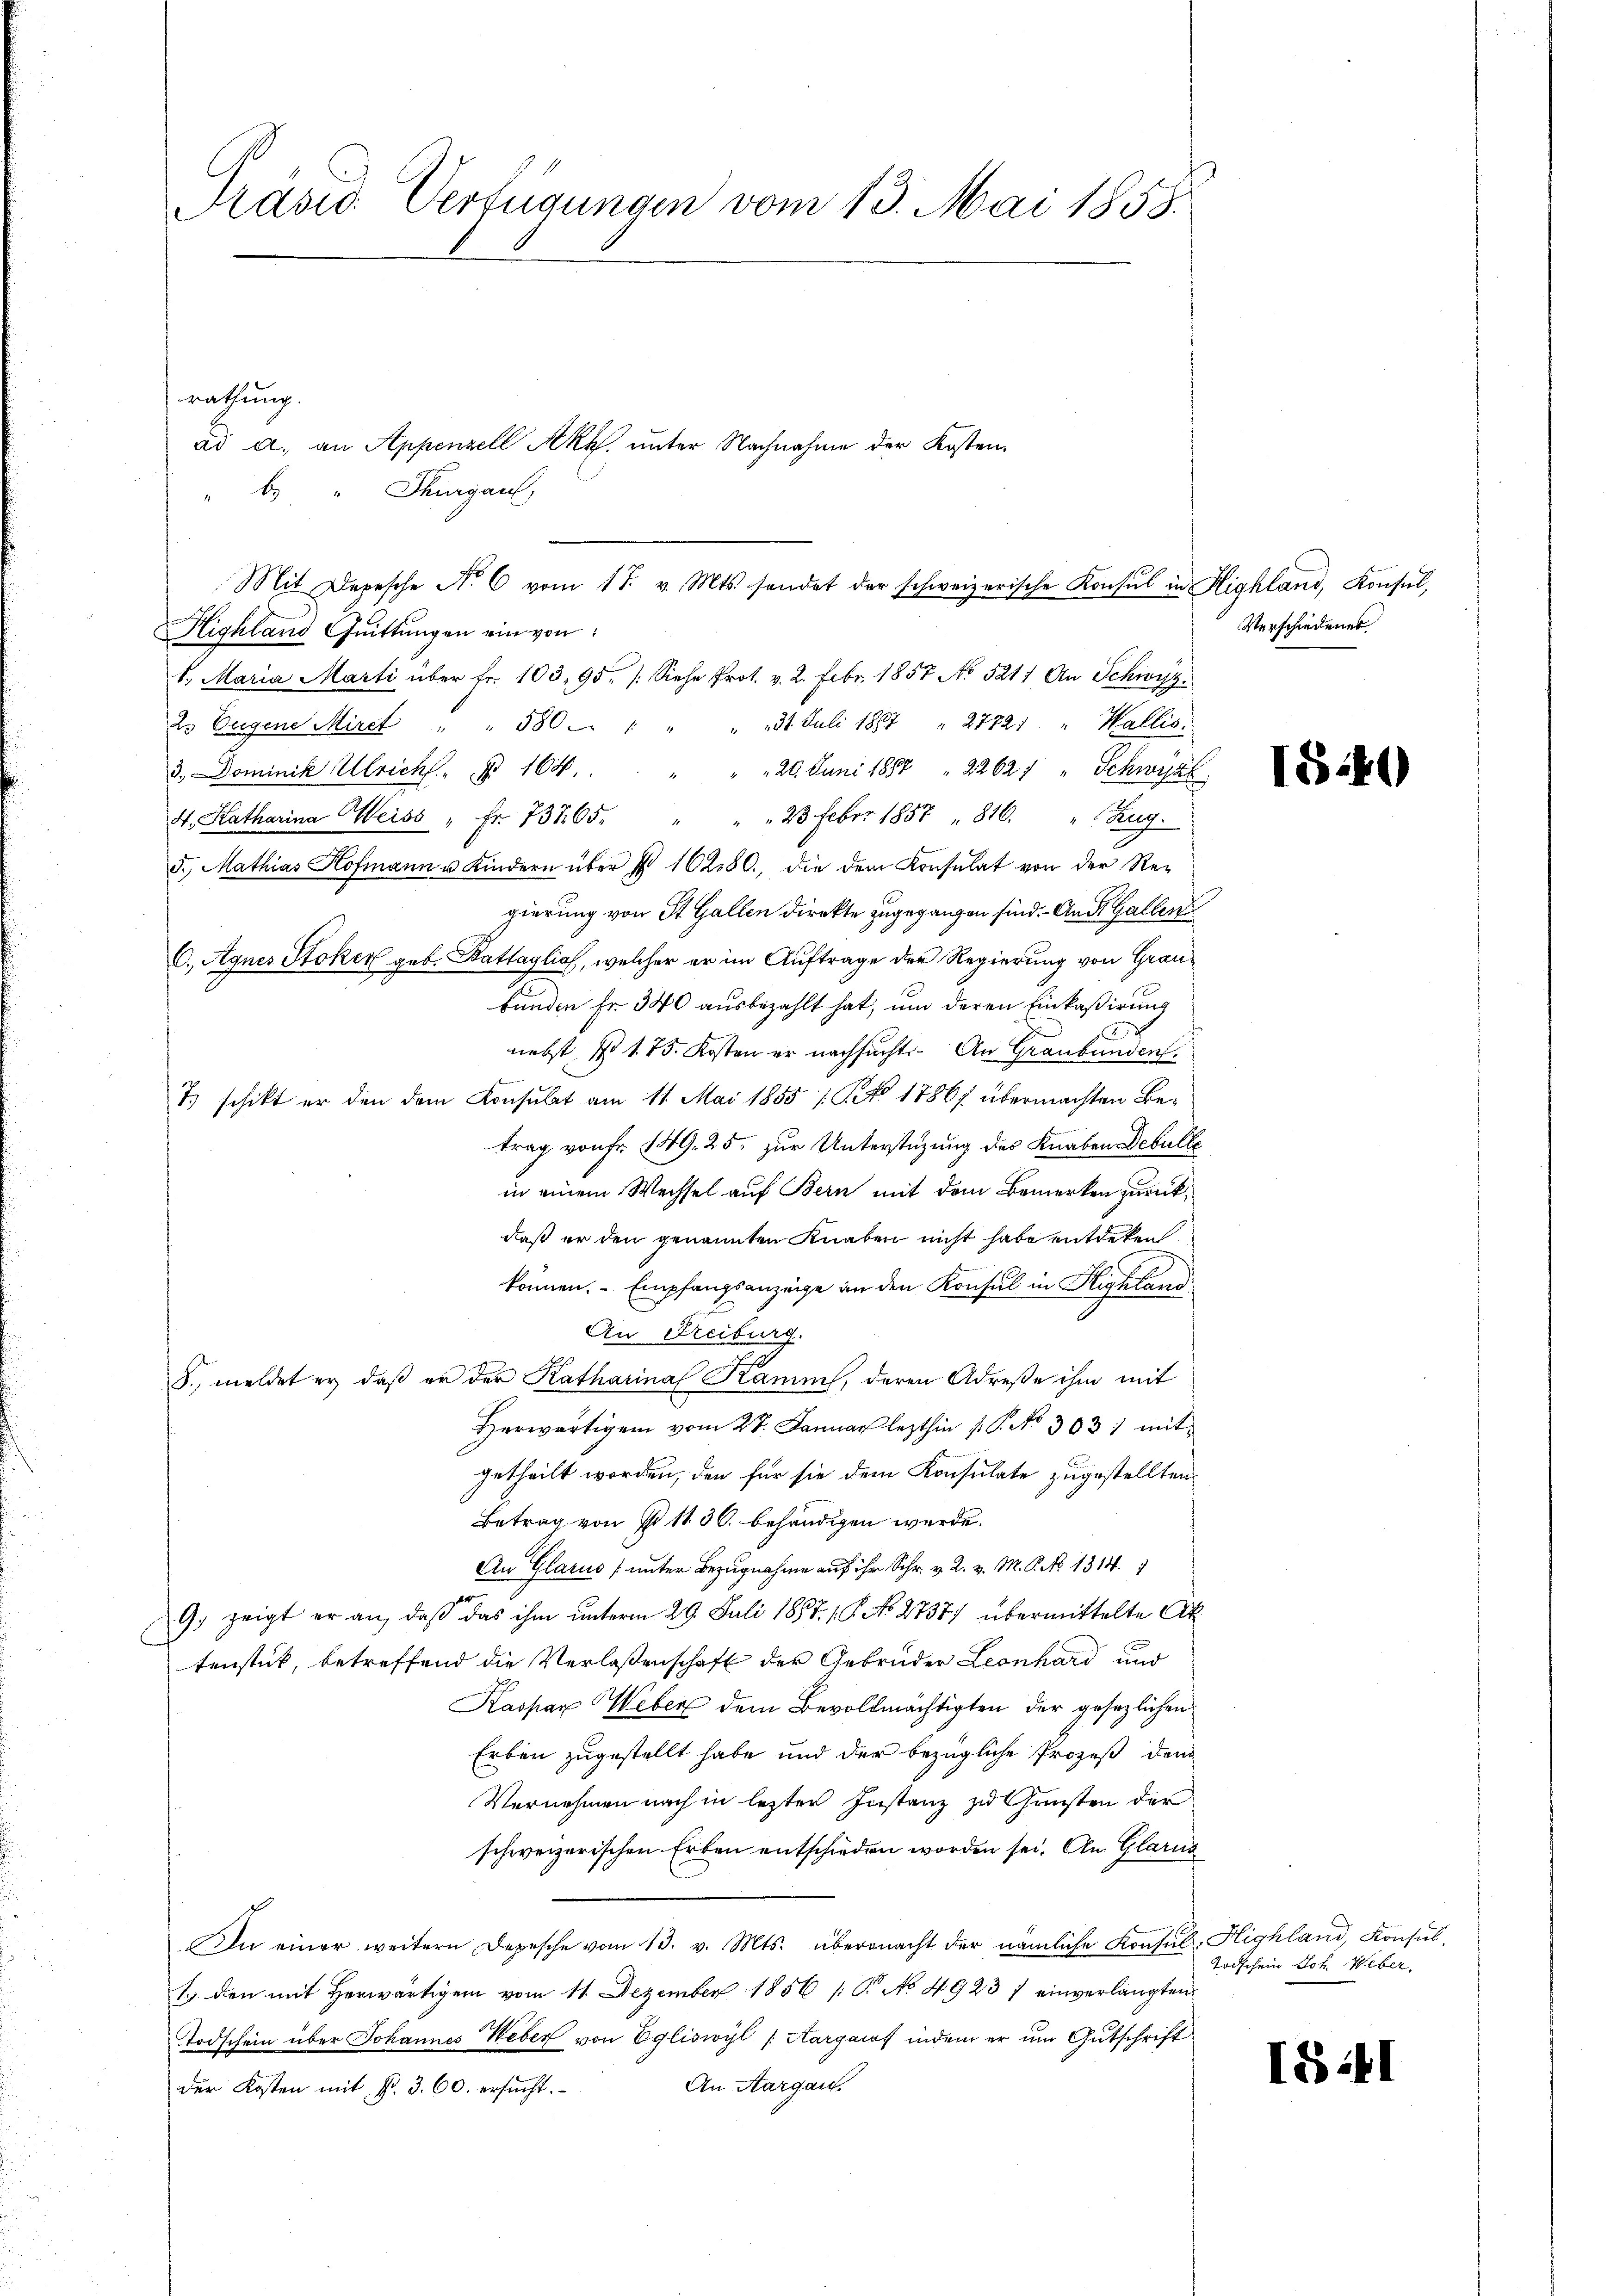
Präsid. Verfügungen vom 13. Mai 1858.

ad a. an Appenzell Akt. unter Nachnahme der Kosten¬
"  "  Thurgau,

rathung.

Highland Quittungen ein von
1. Maria Marti über Fr. 103. 95. /: Siehe Prot. v. 2. Febr. 1857 No 5211 An Schwyz,
2. Eugene Mirct " " 580 " " " 31. Juli 1887 " 27721 " Wallis.
3., Dominik Ulrich, § 164. " " " 20. Juni 1888 " 22627 " Schwyz,
H. Katharina Weiss " fr. 737. 65. " " " 23 Feber 1857 " 810 " Zug.
5. Mathias Hofmann u. Kindern über § 10280, die dem Konsulat von der Re-
gierung von St. Gallen direkte zugegangen sind. - And. Gallen
C., Agnes Stoker geb. Battaglich, welcher er im Auftrage der Regierung von Graubunden Fr. 340 ausbezahlt hat, um deren Einkaßirung
nebst No 175. Kosten er nachsucht. An Graubünden
.
Es schikt er den dem Konsulat am 11. Mai 1855 (Nro 18867 übermachten Betrag von fr. 149, 25. zur Unterstützung des Knaben Debulle
in einem Wechsel auf Bern mit dem Bemerken zurückdaß er den genannten Knaben nicht habe entdeken
können. - Empfangsanzeige an den Konsul in Highland
An Freiburg.
§., meldet er, daß er der Katharina Kamins, deren Adrese ihm mit
Herwärtigen vom 27. Januar lezthin 16. No. 303. mit
getheilt worden, den für sie dem Konsulate zugestellten
Betrag von No 1130. behändigen werde.
An Glarus (unter Bezugnahme auf ihr Schr. v. 2. v. M. P. No 1314.
9. zeigt er an, daß das ihm unterm 29. Juli 1857. 15. No. 2737) übermittelte Ak
tenstück, betreffend die Verlaßenschaft der Gebrüder Leonhard und
Kaspar Weber dem Bevollmächtigten der gesezlichen
Erben zugestellt habe und der bezügliche Prozeß dem
Vernehmen nach in lezten Instanz zu Gunsten der
schweizerischen Erben entschieden worden sei. An Glarus
An einer weitern Depesche vom 13. v. Mts. übermacht der nämliche Konsul Highland, Konsul-
1. den mit herwärtigen vom 11. Dezember 1856 (C. No 4923 / einverlangten
Todschein über Johannes Weber von Egliswyl (Aargaus indem er um Gutschrift
An Aargau.
Der Kosten mit §. 3. 60. ersucht.

Mit Depesche No 6 vom 17. v. Mts. sendet der schweizerische Konsul in Highland, Konsul,

Verschiedenes

I49)

Todschein Joh. Weber,

18 1/

.